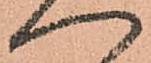
へ